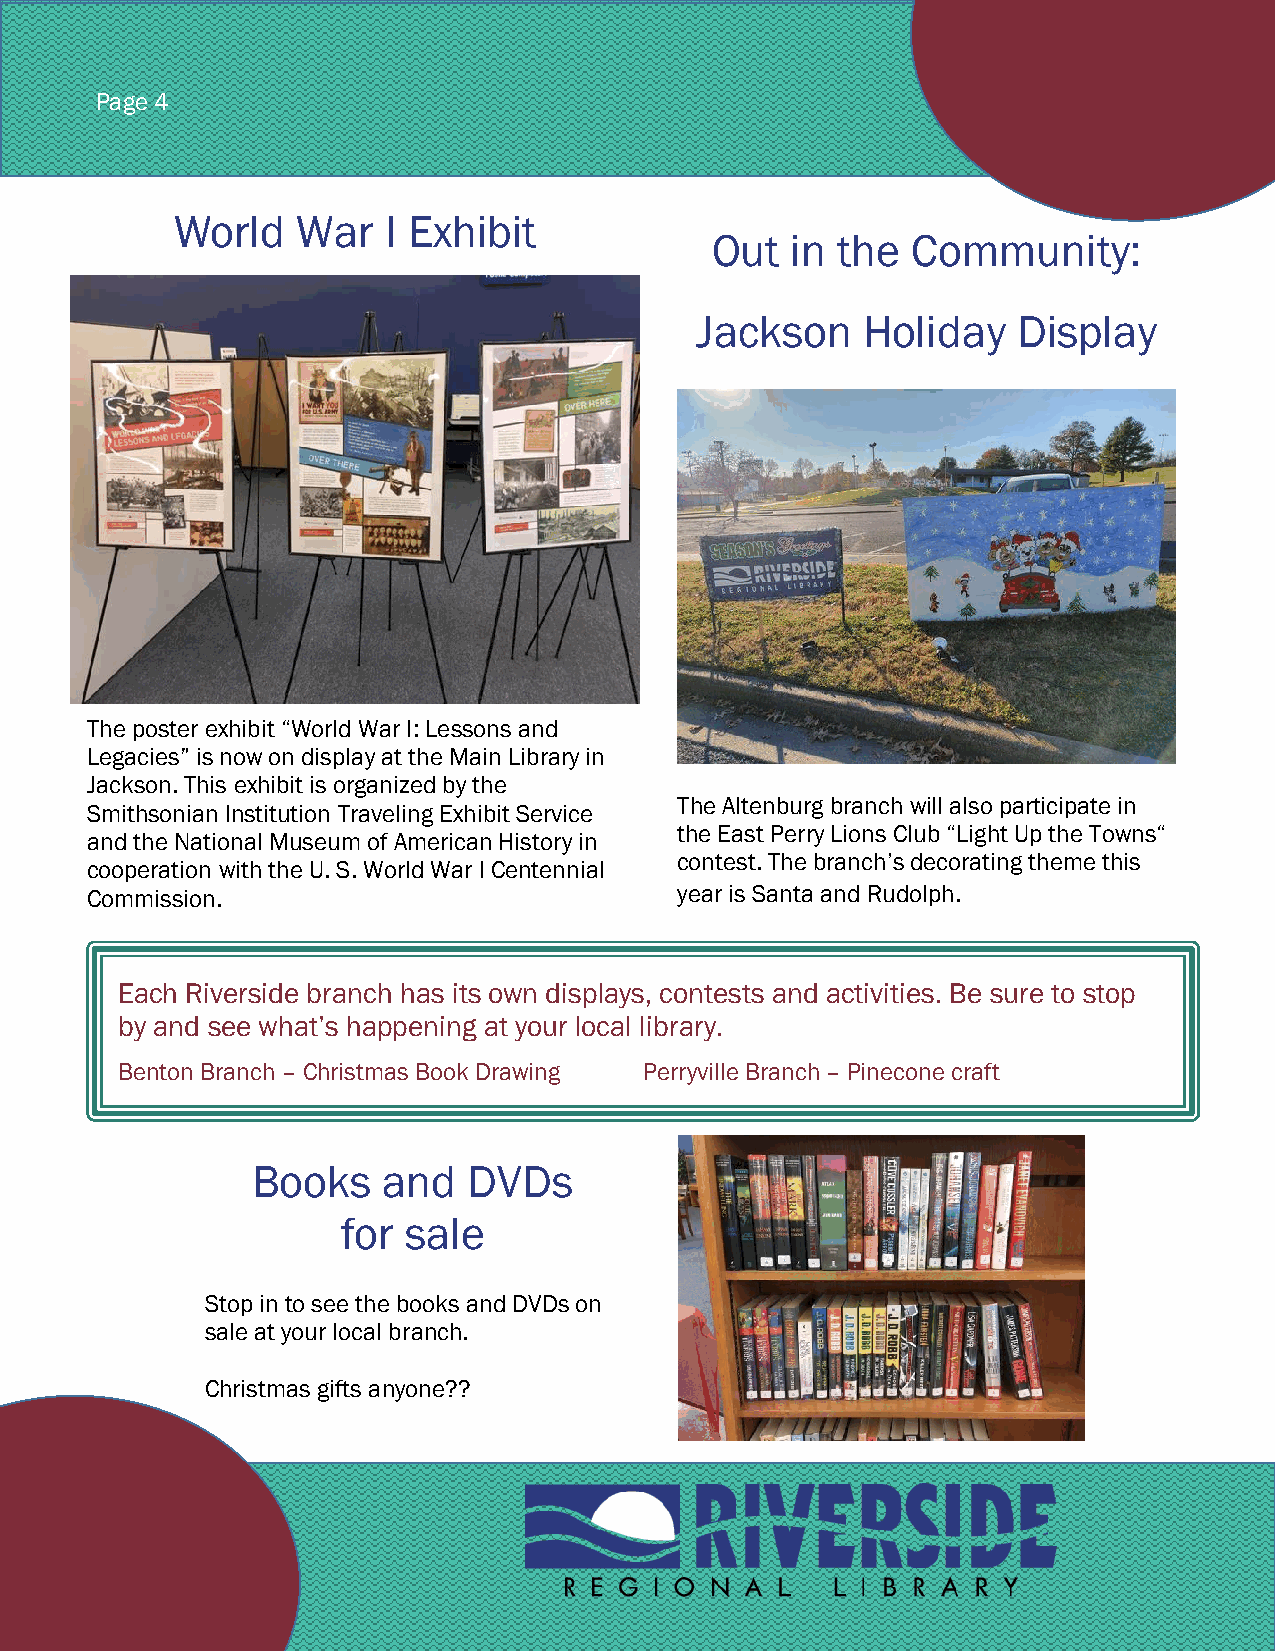
[Grab your reader’s attention with a great quote from the
 PPaaggee 44
 document or use this space to emphasize a key point. To
 place this text box anywhere on the page, just drag it.]
 World    War  I Exhibit
 Out  in the  Community:
 Jackson    Holiday   Display
 The poster exhibit “World War I: Lessons and
 Legacies” is now on display at the Main Library in
 Jackson. This exhibit is organized by the
 The Altenburg branch will also participate in
 Smithsonian Institution Traveling Exhibit Service
 the East Perry Lions Club “Light Up the Towns“
 and the National Museum of American History in
 contest. The branch’s decorating theme this
 cooperation with the U. S. World War I Centennial
 Commission.                            year is Santa and Rudolph.
 Each Riverside branch has its own displays, contests and activities. Be sure to stop
 by and see what’s happening at your local library.
 Benton Branch – Christmas Book Drawing Perryville Branch – Pinecone craft
 Books   and   DVDs
 for sale
 Stop in to see the books and DVDs on
 sale at your local branch.
 Christmas gifts anyone??